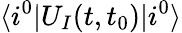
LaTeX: \langle i^{0}\lvert U_{I}(t,t_{0})\lvert i^{0}\rangle